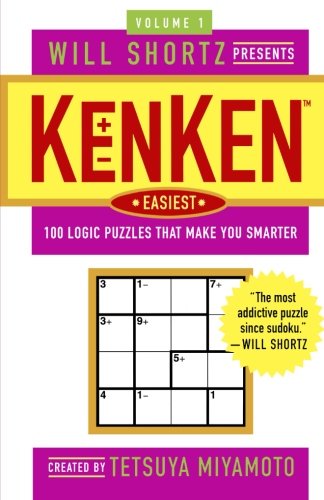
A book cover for Will Shortz Presents KenKen Easiest Volume 1: 100 Logic Puzzles That Make You Smarter; Tetsuya Miyamoto; Humor & Entertainment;